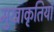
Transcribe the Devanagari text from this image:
मुखाकृतियाँ